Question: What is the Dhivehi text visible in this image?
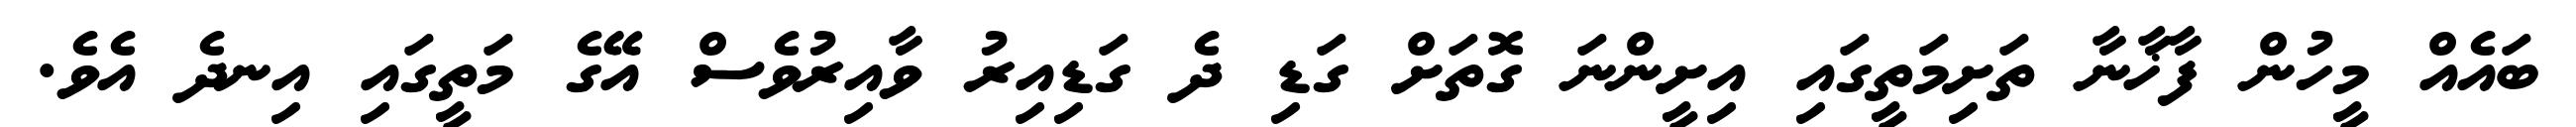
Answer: ބައެއް މީހުން ފާޚާނާ ތަށިމަތީގައި އިށީންނަ ގޮތަށް ގަޑި ދެ ގަޑިއިރު ވާއިރުވެސް އޭގެ މަތީގައި އިނދެ އެވެ.